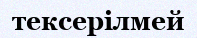
тексерілмей